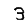
Digit: 3